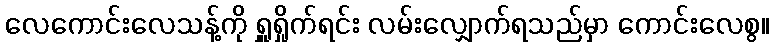
လေကောင်းလေသန့်ကို ရှူရှိုက်ရင်း လမ်းလျှောက်ရသည်မှာ ကောင်းလေစွ။